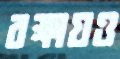
রক্ষায়ও